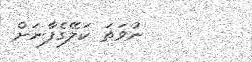
ނުވަތަ ކަލޭގެފާނަށް